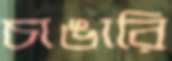
চাঙারি